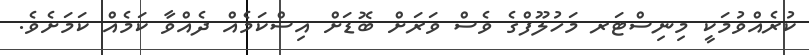
ކުރެއްވުމަކީ މިނިސްޓަރ މަހުލޫފްގެ ވެސް ވަރަށް ބޮޑަށް އިސްކަމެއް ދެއްވާ ކަމެއް ކަމަށެވެ.